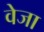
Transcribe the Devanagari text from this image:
वेजा